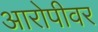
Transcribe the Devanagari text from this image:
आरोपीवर